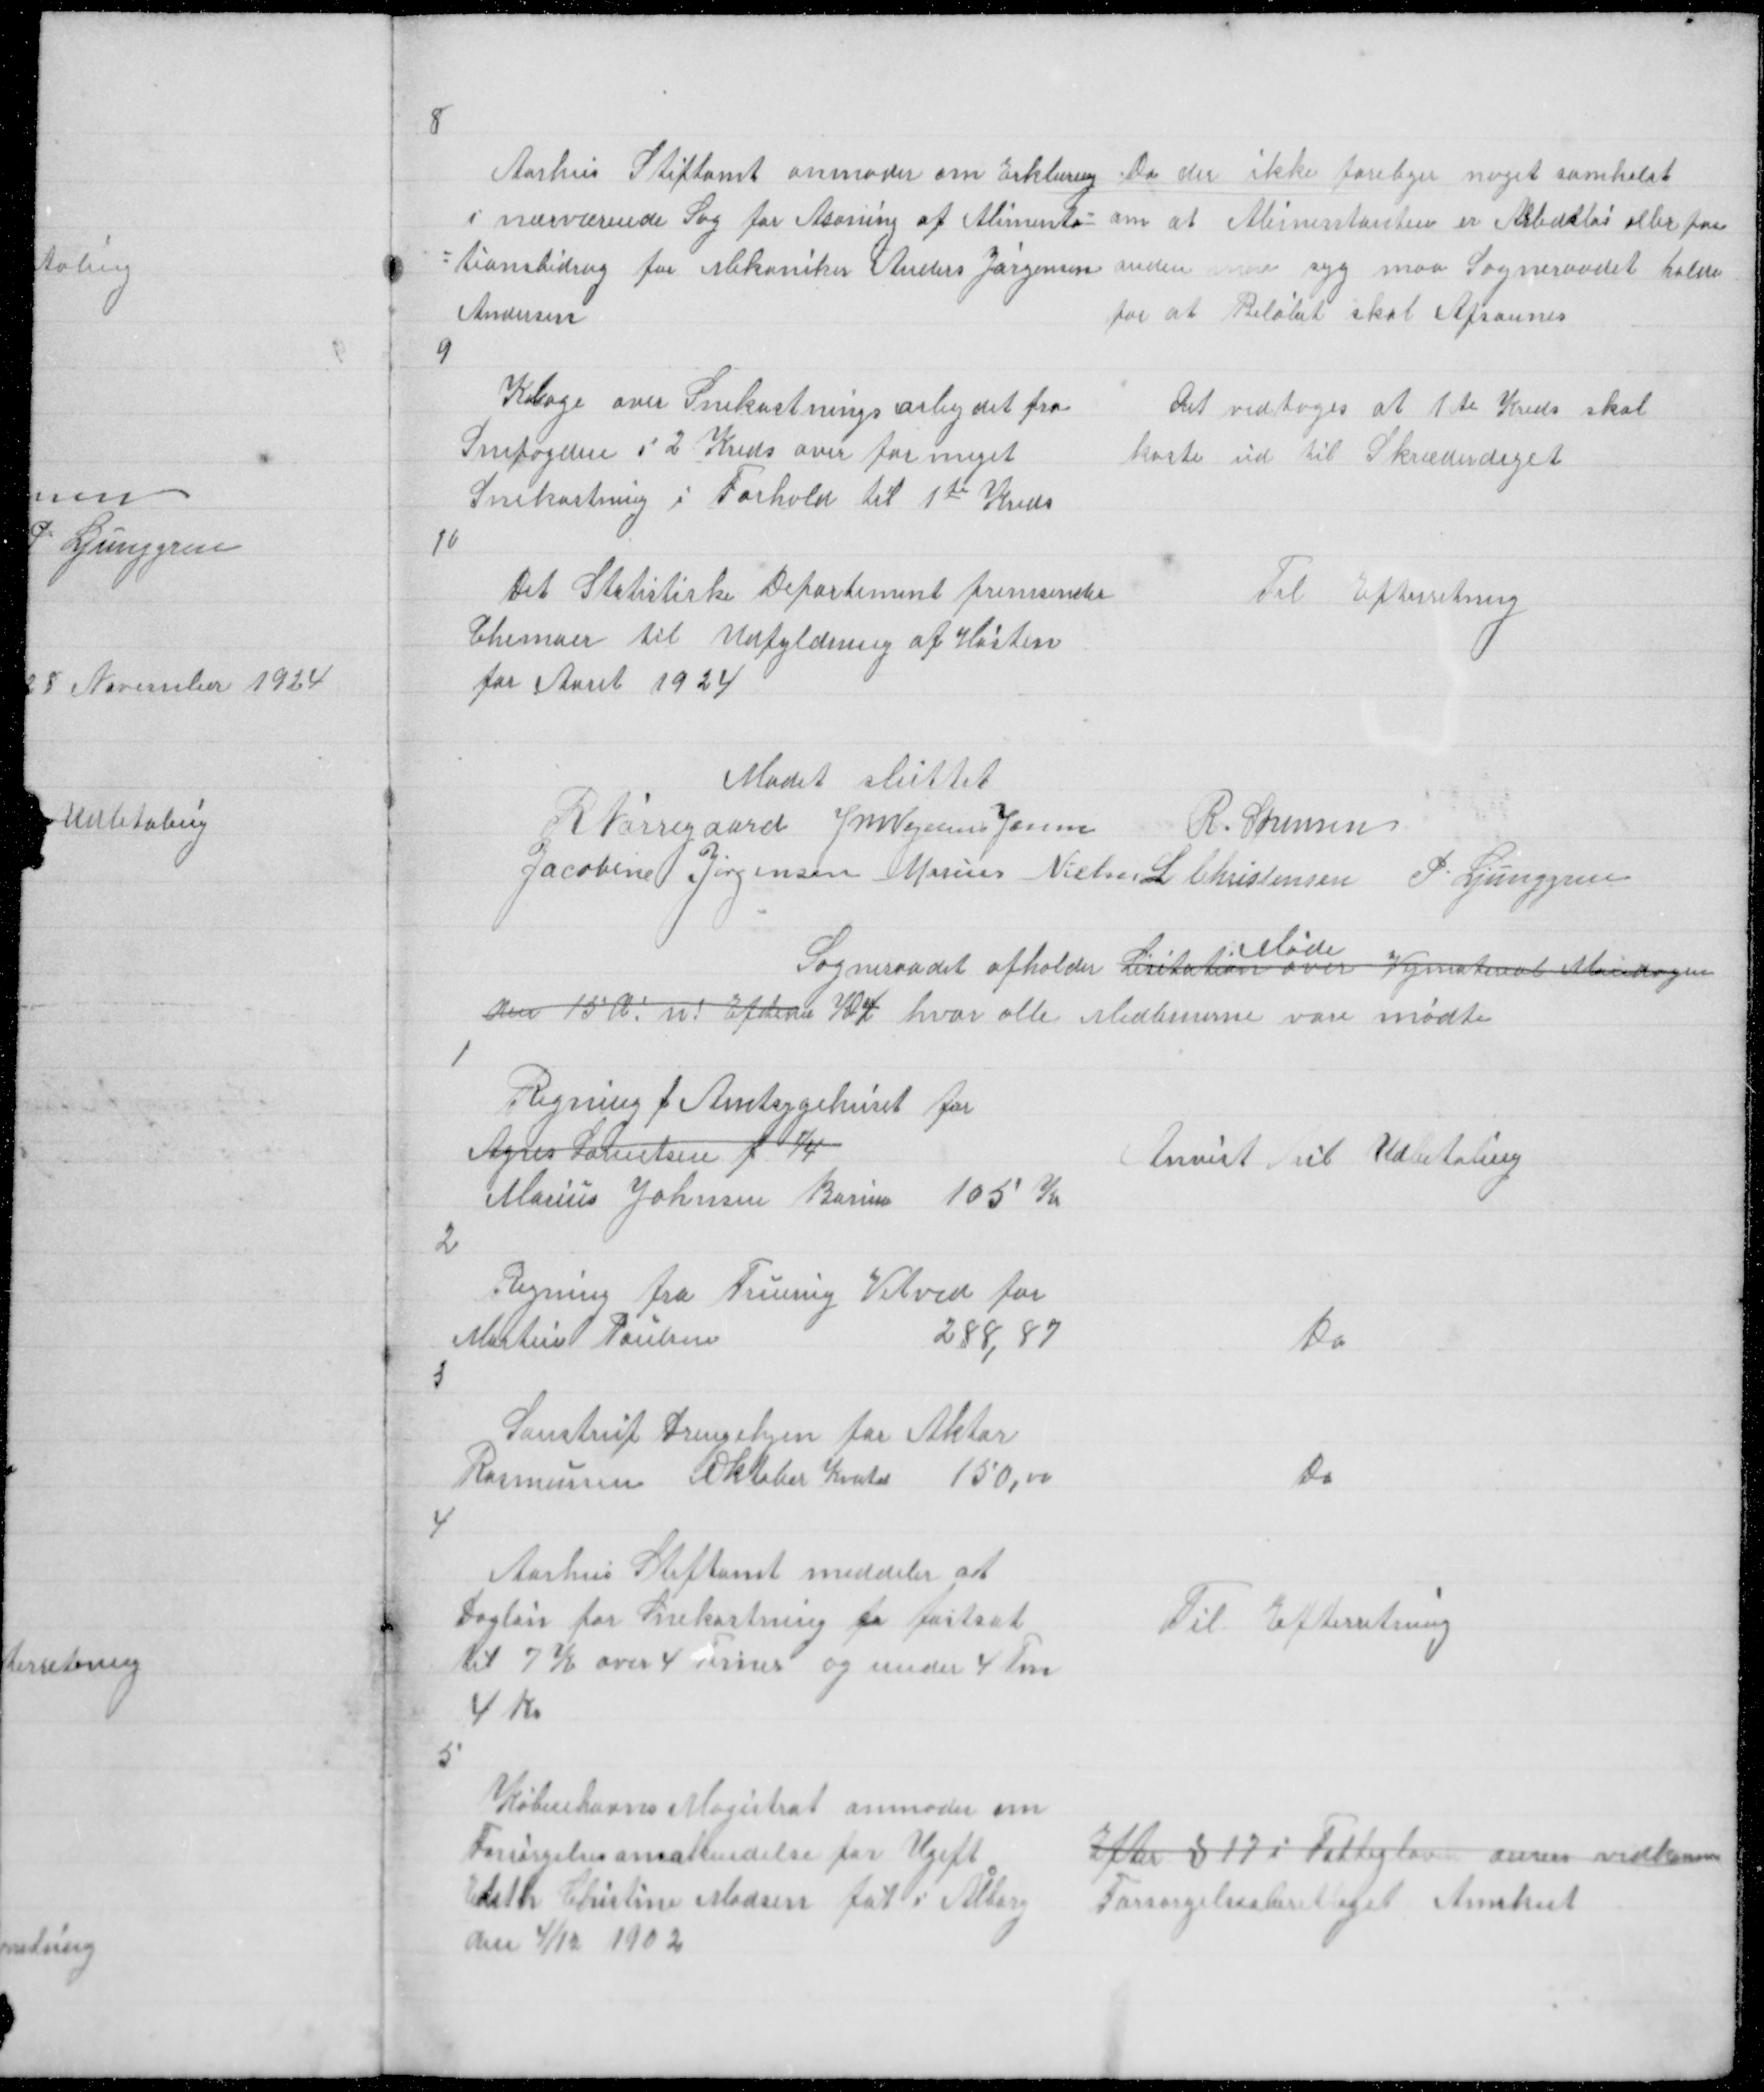
Transskription:
8

Aarhus Stiftamt anmoder om Erklæring
i nærværende Sag for Asoning af Alimenta =
=tionsbidrag for Mekaniker Anders Jørgensen
Andersen

Da der ikke foreliger noget somhelst
om at Alimentanten er Arbdsløs eller paa
anden  Syg maa Sogneraadet holde
for at Beløbet skal Afsonnes

9
Klage over Snekastningsarbejdet fra
Snefogden i 2 Kreds over for meget
Snekastning i Forhold til 1te Kreds

Det vedtoges at 1te Kreds skal
kaste ud til Skræderdiget

10
Det Statistiske Departement fremsender
Chemaer til Udfyldning af Høsten
for Aaret 1924

Til Efterretning

Mødet sluttet
R Nørregaard J M Vogelius Jensen
R. Sørensen
Jacobine Sørensen Marius Nielsen L Christensen P. Ljunggren
Sogneraadet afholder Licitation over Vejmatereal Mandagen
Møde
den 15 d! n! Efterm Kl 4 hvor alle Medlemerne vare mødte

1
Regning f Amtsygehuset for
Agnes Lorentsen f  ¼
Marius Johnsen Borum 105 K

Anvist til Udbetaling

2
Regning fra Fruering Vitved for
Martin Poulsen
288,87

Do

3

Saustrup Drengehjem for Aktor
Rasmussen Oktober Kvatal 150,00

Do

4
Aarhus Stiftamt meddeler at
Dagløn for Snekastning er fastsat
til 7½ over 4 Timer og under 4 Tm
4 Kr

Til Efterretning

5

Københavns Magistrat anmoder om
Forsørgelsesanakendelse for Ugift
Edith Chistine Madsen føt i Ålborg
den 4/12 1902

Efter § 17 i Fattigloven anses vedkomm
Forsørgelsesberettiget Anerkent